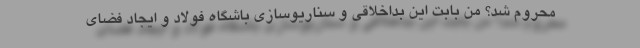
محروم شد؟ من بابت این بداخلاقی و سناریوسازی باشگاه فولاد و ایجاد فضای